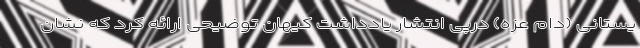
یستانی (دام عزّه) درپی انتشار یادداشت کیهان توضیحی ارائه کرد که نشان